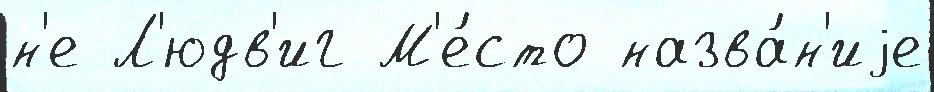
н'е Л'юдв'иг М'е́сто назва́н'иjе